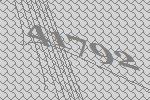
41792